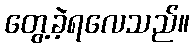
တွေ့ခဲ့ရလေသည်။